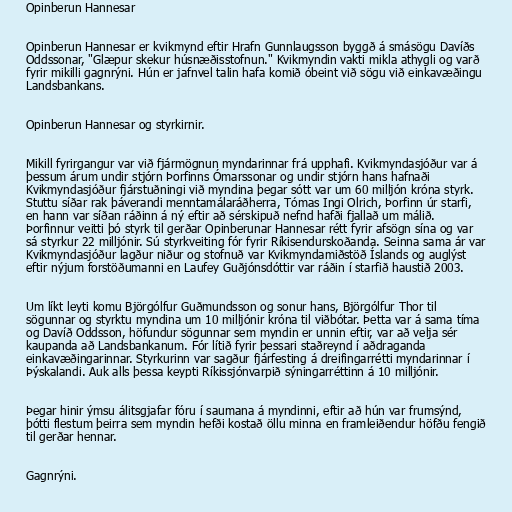
Opinberun Hannesar

Opinberun Hannesar er kvikmynd eftir Hrafn Gunnlaugsson byggð á smásögu Davíðs
Oddssonar, "Glæpur skekur húsnæðisstofnun." Kvikmyndin vakti mikla athygli og varð
fyrir mikilli gagnrýni. Hún er jafnvel talin hafa komið óbeint við sögu við einkavæðingu
Landsbankans.

Opinberun Hannesar og styrkirnir.

Mikill fyrirgangur var við fjármögnun myndarinnar frá upphafi. Kvikmyndasjóður var á
þessum árum undir stjórn Þorfinns Ómarssonar og undir stjórn hans hafnaði
Kvikmyndasjóður fjárstuðningi við myndina þegar sótt var um 60 milljón króna styrk.
Stuttu síðar rak þáverandi menntamálaráðherra, Tómas Ingi Olrich, Þorfinn úr starfi,
en hann var síðan ráðinn á ný eftir að sérskipuð nefnd hafði fjallað um málið.
Þorfinnur veitti þó styrk til gerðar Opinberunar Hannesar rétt fyrir afsögn sína og var
sá styrkur 22 milljónir. Sú styrkveiting fór fyrir Ríkisendurskoðanda. Seinna sama ár var
Kvikmyndasjóður lagður niður og stofnuð var Kvikmyndamiðstöð Íslands og auglýst
eftir nýjum forstöðumanni en Laufey Guðjónsdóttir var ráðin í starfið haustið 2003.

Um líkt leyti komu Björgólfur Guðmundsson og sonur hans, Björgólfur Thor til
sögunnar og styrktu myndina um 10 milljónir króna til viðbótar. Þetta var á sama tíma
og Davíð Oddsson, höfundur sögunnar sem myndin er unnin eftir, var að velja sér
kaupanda að Landsbankanum. Fór lítið fyrir þessari staðreynd í aðdraganda
einkavæðingarinnar. Styrkurinn var sagður fjárfesting á dreifingarrétti myndarinnar í
Þýskalandi. Auk alls þessa keypti Ríkissjónvarpið sýningarréttinn á 10 milljónir.

Þegar hinir ýmsu álitsgjafar fóru í saumana á myndinni, eftir að hún var frumsýnd,
þótti flestum þeirra sem myndin hefði kostað öllu minna en framleiðendur höfðu fengið
til gerðar hennar.

Gagnrýni.